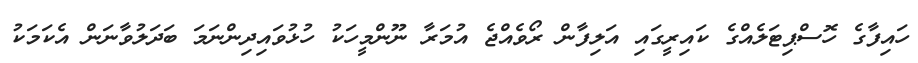
ހައިފާގެ ހޮސްޕިޓަލެއްގެ ކައިރީގައި އަލިފާން ރޯވެއްޖެ އުމަރާ ނޫންމީހަކު ހުޅުވައިދިންނަމަ ބަދަލުވާނަން އެކަމަކު